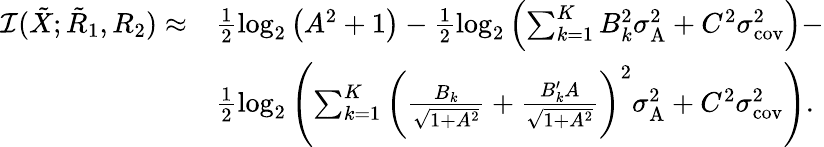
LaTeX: \begin{array}{rl}{\mathcal{I}({{{\tilde{X}}}};{{{\tilde{R}}}_{1}},{{{R}}_{2}})\approx}&{\frac{1}{2}\log_{2}\left({A^{2}+1}\right)-\frac{1}{2}\log_{2}\left({\sum_{k=1}^{K}B_{k}^{2}\sigma_{\textrm{A}}^{2}+C^{2}\sigma_{\textrm{cov}}^{2}}\right)-}\\ &{\frac{1}{2}\log_{2}\left({{\sum_{k=1}^{K}\bigg(\frac{B_{k}}{\sqrt{1+A^{2}}}+\frac{B_{k}^{\prime}A}{\sqrt{1+A^{2}}}\bigg)^{2}}\sigma_{\textrm{A}}^{2}+C^{2}\sigma_{\textrm{cov}}^{2}}\right).}\end{array}